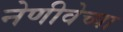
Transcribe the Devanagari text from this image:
नेणीवेच्या